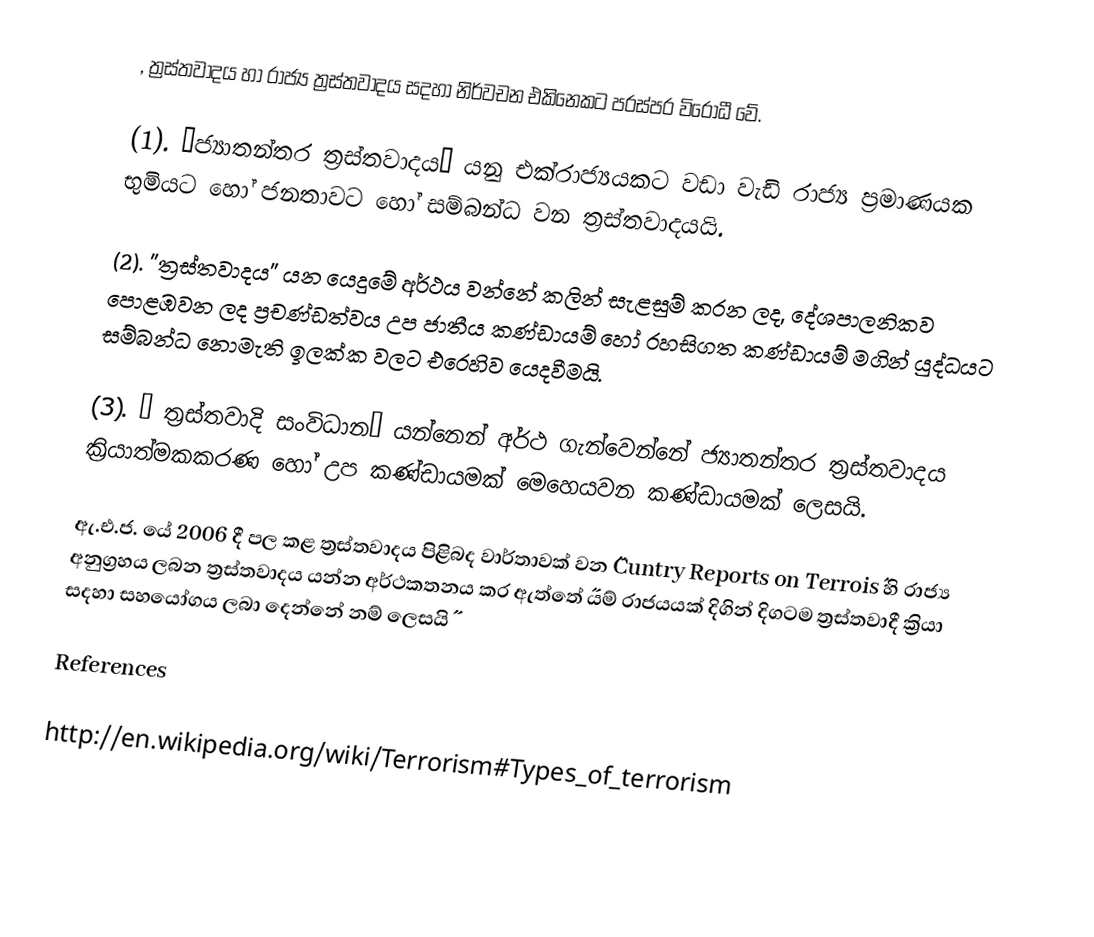
, ත්‍රස්තවාදය හා රාජ්‍ය ත්‍රස්තවාදය සදහා නිර්වචන එකිනෙකට පරස්පර විරෝධී වේ.

(1).	˝ජ්‍යාතන්තර ත්‍රස්තවාදය˝ යනු එක්රාජ්‍යයකට වඩා වැඩි රාජ්‍ය ප්‍රමාණයක භුමිය‍ට හෝ ජනතාවට හෝ සම්බන්ධ වන ත්‍රස්තවාදයයි.

(2).	 ˝ත්‍රස්තවාදය˝ යන යෙදුමේ අර්ථය වන්නේ කලින් සැළසුම් කරන ලද, දේශපාලනිකව පොළඹවන ලද ප්‍රචණ්ඩත්වය උප ජාතීය කණ්ඩායම් හෝ රහසිගත කණ්ඩායම් මගින් යුද්ධයට සම්බන්ධ නොමැති ඉලක්ක වලට  එරෙහිව යෙදවීමයි.

(3).	 ˝ ත්‍රස්තවාදි සංවිධාන˝ යන්නෙන් අර්ථ ගැන්වෙන්නේ ජ්‍යාතන්තර ත්‍රස්තවාදය ක්‍රියාත්මකකරණ හෝ උප කණ්ඩායමක් මෙහෙයවන කණ්ඩායමක් ලෙසයි.

ඇ.එ.ජ. යේ 2006 දී පල කළ ත්‍රස්තවාදය පිළිබද වාර්තාවක් වන ˝Cuntry Reports on Terrois˝ හි රාජ්‍ය අනුග්‍රහය ලබන ත්‍රස්තවාදය යන්න අර්ථකතනය කර ඇත්තේ ˝යම් රාජයයක් දිගින් දිගටම ත්‍රස්තවාදී ක්‍රියා සදහා සහයෝගය ලබා දෙන්නේ නම් ලෙසයි˝

References

http://en.wikipedia.org/wiki/Terrorism#Types_of_terrorism